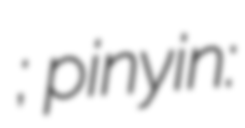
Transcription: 天宫三号; pinyin: